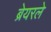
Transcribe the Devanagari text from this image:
ब्रेयरले